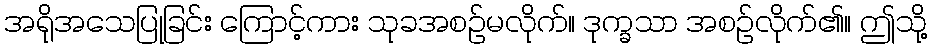
အရိုအသေပြုခြင်း ကြောင့်ကား သုခအစဉ်မလိုက်။ ဒုက္ခသာ အစဉ်လိုက်၏။ ဤသို့